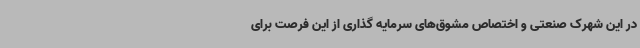
در این شهرک صنعتی و اختصاص مشوق‌های سرمایه گذاری از این فرصت برای